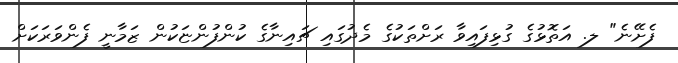
ފެށޭނެ" ލ. އަތޮޅުގެ ގުޅިފައިވާ ރަށްތަކުގެ މެދުގައި ޗައިނާގެ ކުންފުންޏަކުން ޒަމާނީ ފެންވަރަކަށް